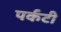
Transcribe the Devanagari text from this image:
पर्कटी